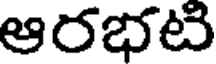
ఆరభటి